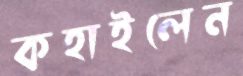
কহাইলেন